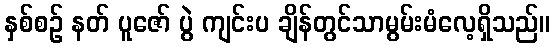
နှစ်စဉ် နတ် ပူဇော် ပွဲ ကျင်းပ ချိန်တွင်သာမွမ်းမံလေ့ရှိသည်။